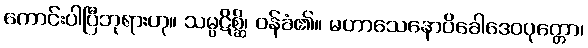
ကောင်းပါပြီဘုရားဟု။ သမ္ပဋိစ္ဆိ၊ ဝန်ခံ၏။ မဟာသေနောပိခေါဒေဝပုတ္တော၊